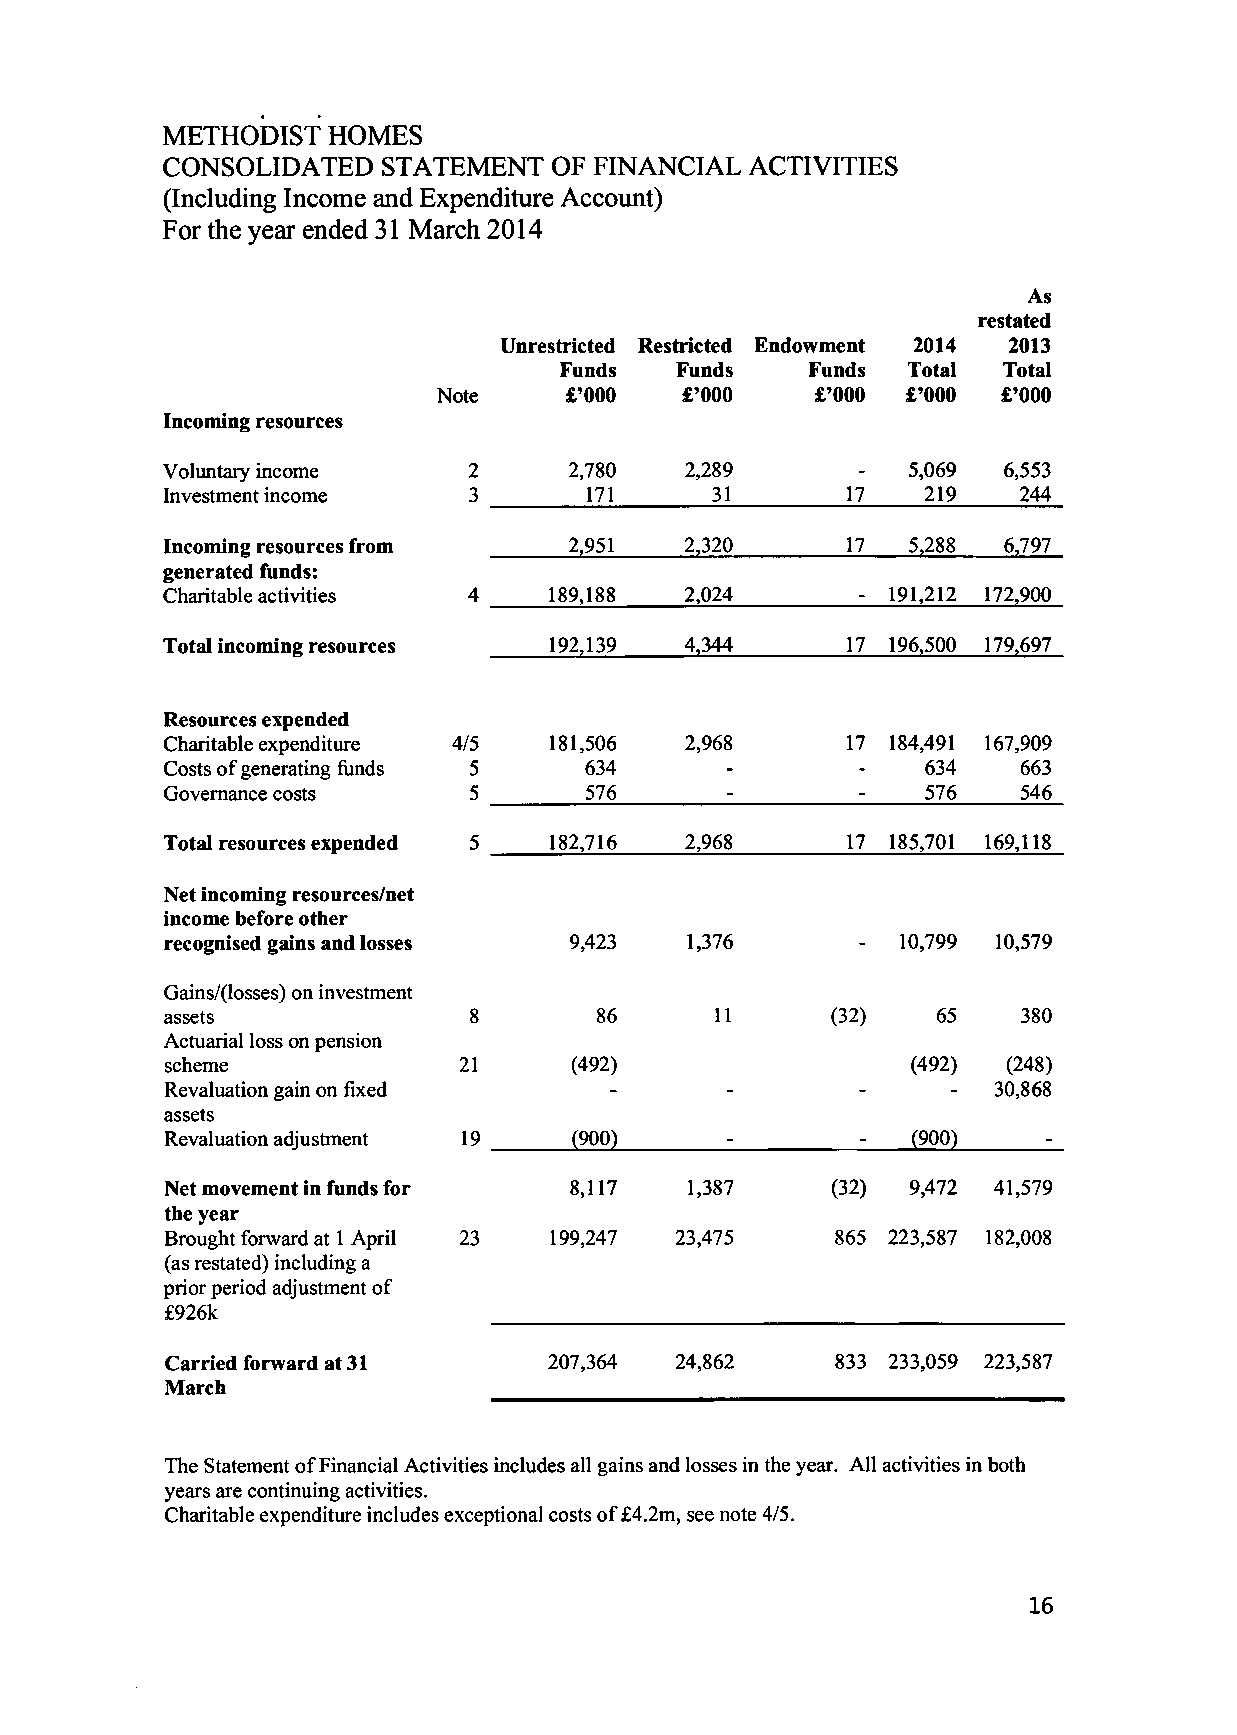
METHODIST  HOMES
 CONSOLIDATED  STATEMENT   OF FINANCIAL ACTIVITIES
 (Including Income and Expenditure Account)
 For the year ended 31 March 2014
 As
 restated
 Unrestricted Restricted Endowment 2014 2013
 Funds   Funds   Funds  Total Total
 Note    £'000   £'000    £'000 £'000 £'000
 Incoming resources
 Voluntary income    2      2,780  2,289          5,069 6,553
 Investment income   3       171     31       17   219   244
 Incoming resources from    2,951  2,320      17  5,288 6,797
 generated funds:
 Charitable activities 4  189,188  2,024         191,212 172,900
 Total incoming resources 192,139  4,344      17 196,500 179,697
 Resources expended
 Charitable expenditure 4/5 181,506 2,968     17 184,491 167,909
 Costs of generating funds 5 634                   634    663
 Governance costs    5       576                   576    546
 Total resources expended 5 182,716 2,968     17 185,701 169,118
 Net incoming resources/net
 income before other
 recognised gains and losses 9,423 1,376          10,799 10,579
 Gains/(losses) on investment
 assets              8       86      11      (32)   65    380
 Actuarial loss on pension
 scheme             21      (492)                 (492)  (248)
 Revaluation gain on fixed                              30,868
 assets
 Revaluation adjustment 19  (900)                 (900)
 Net movement in funds for  8,117  1,387     (32) 9,472 41,579
 the year
 Brought forward at 1 April 23 199,247 23,475 865 223,587 182,008
 (as restated) including a
 prior period adjustment of
 £926k
 Carried forward at 31    207,364  24,862    833 233,059 223,587
 March
 The Statement of Financial Activities includes all gains and losses in the year. All activities in both
 years are continuing activities.
 Charitable expenditure includes exceptional costs of £4.2m, see note 4/5.
 16